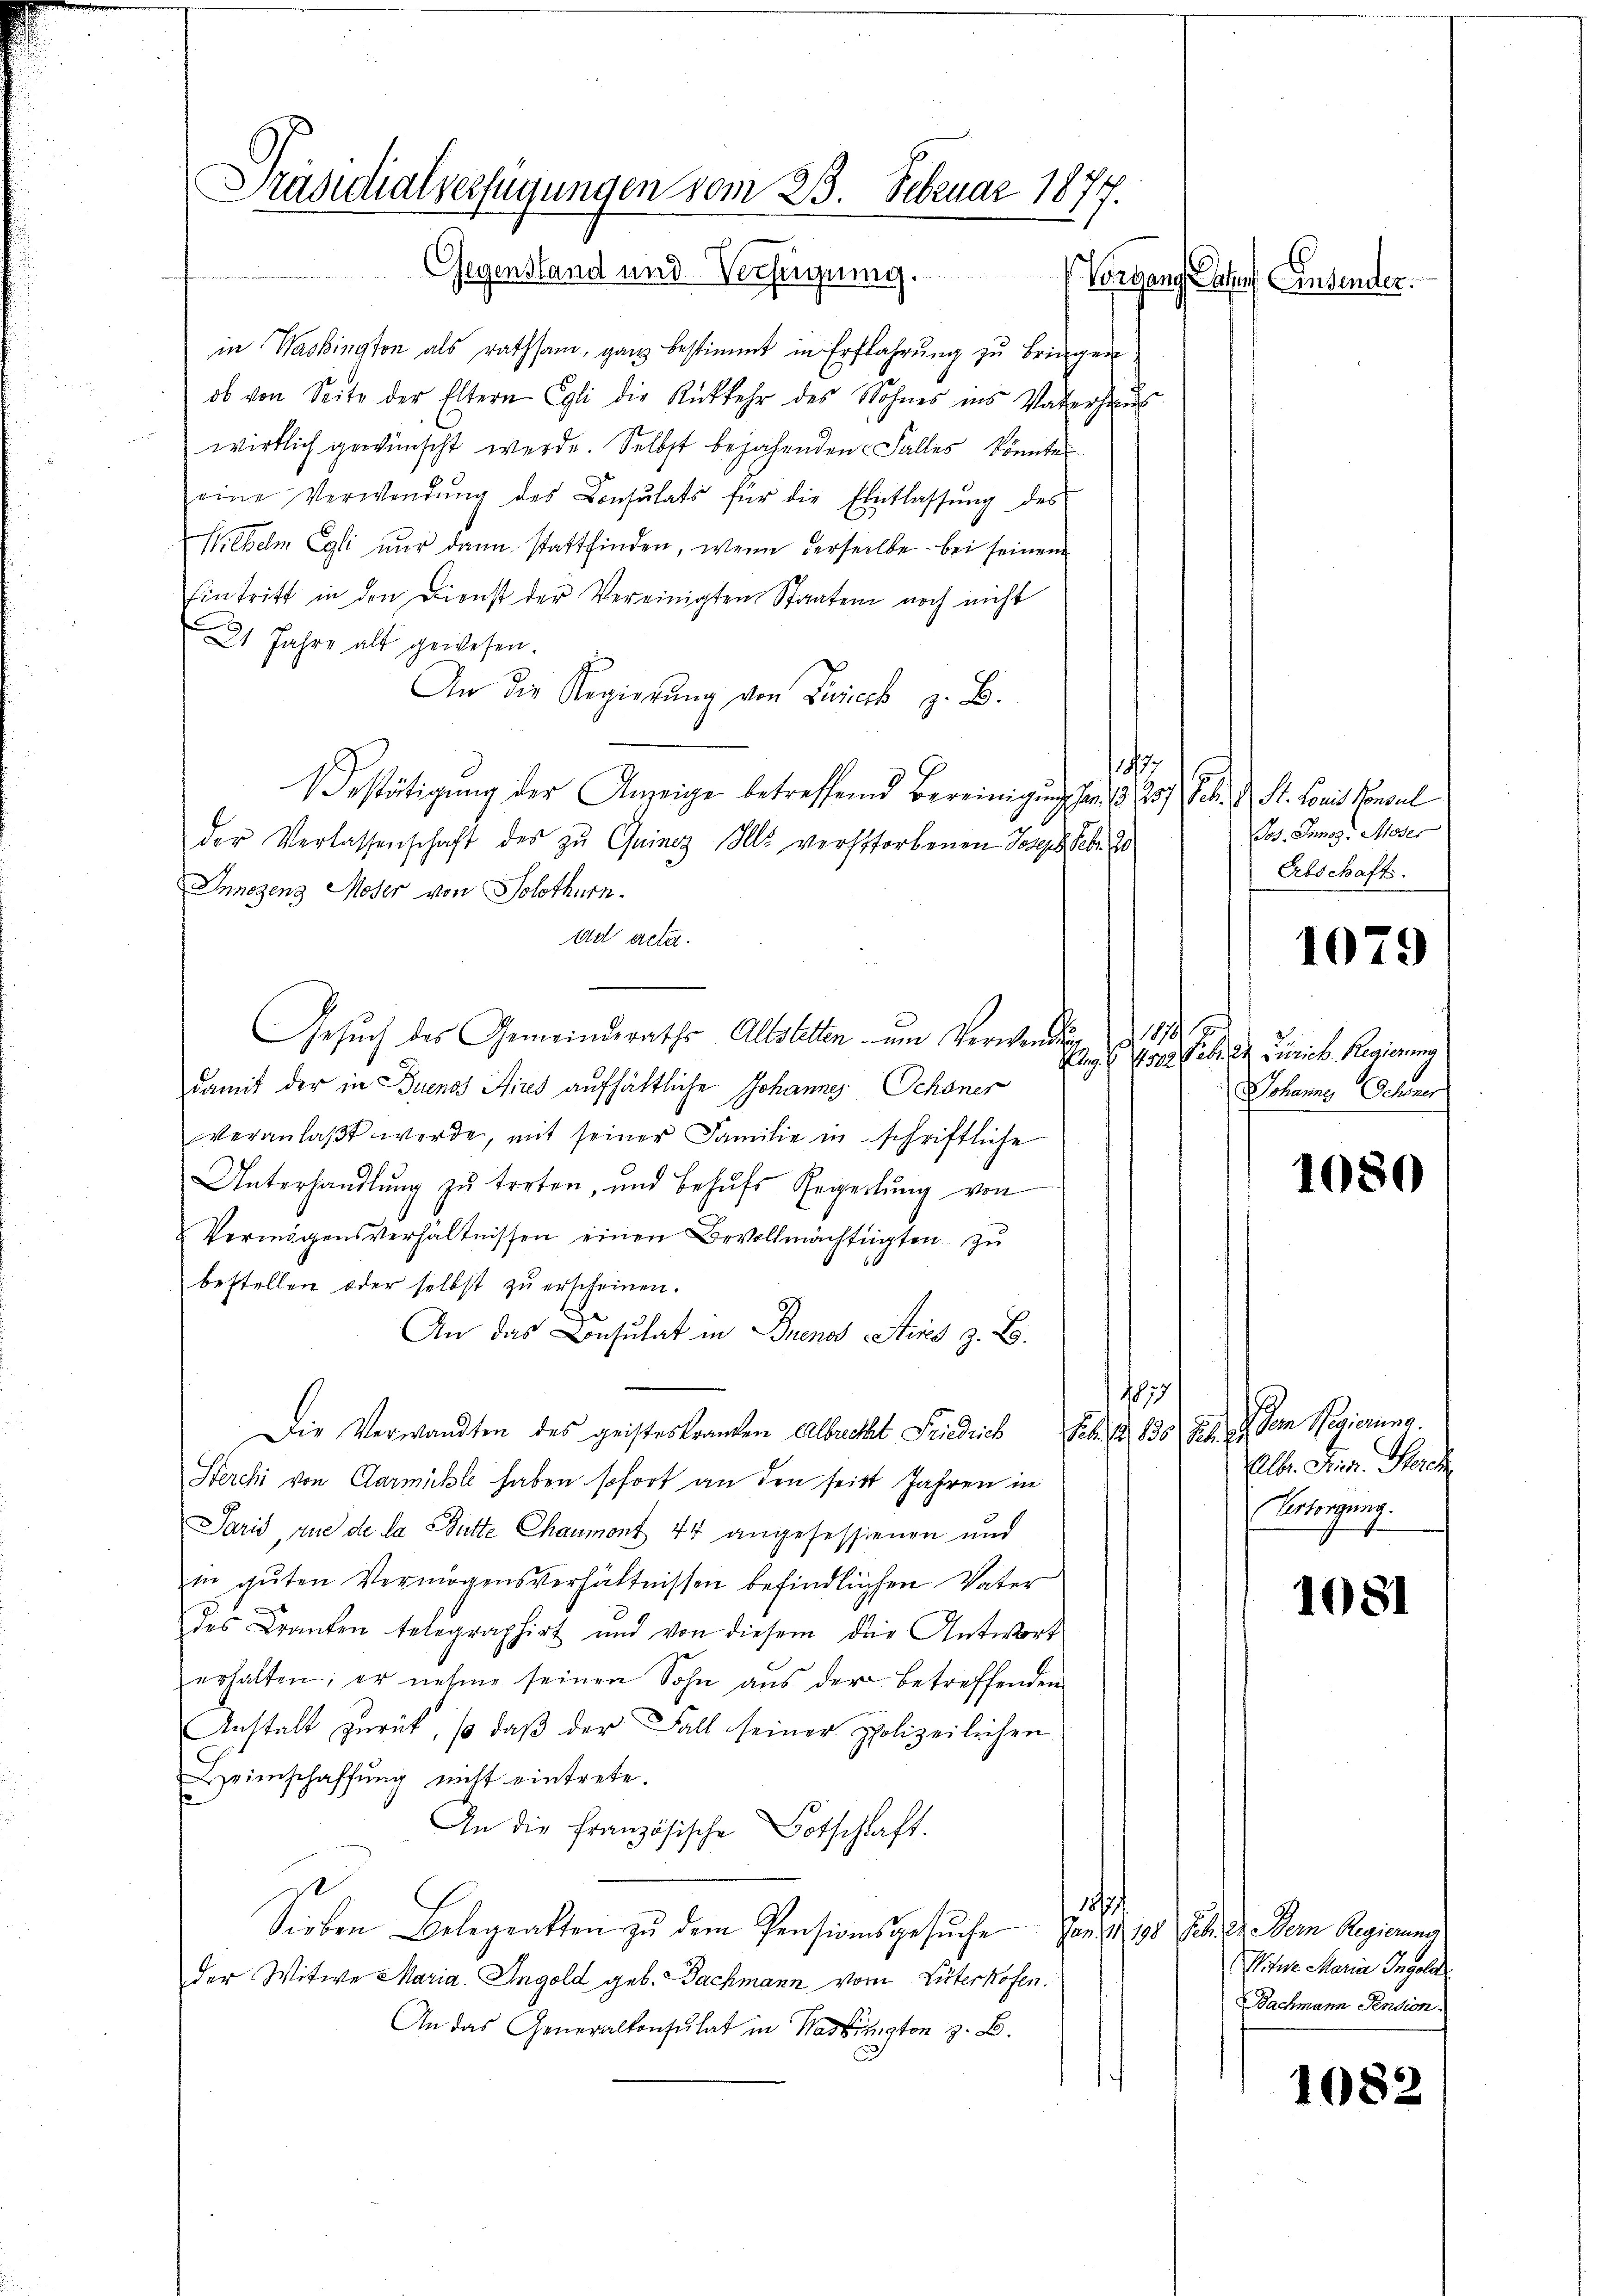
Präsidialverfügungen vom 23. Februar 1877.
Gegenstand und Verfügung.
Vorgang Rathes Einsender.

in Washington als rathsam, ganz bestimmt in Erfahrung zu bringen
ob von Seite der Eltern Egli die Rückkehr des Sohnes ins Vaterhaus
wirklich gewünscht werde. Selbst bejahenden Falles könnten
eine Verwendŭng des Consulats für die Entlassŭng des
Wilhelm Egli nur dann stattfinden, wenn derselbe bei seinem
Eintritt in den Dienst der Vereinigten Staaten noch nicht
21 Jahre alt gewesen.
An die Regierŭng von Zürich z. B.
14
1 Bestätigung der Anzeige betreffend Bereinigung son § 257 Febr. v. St. Loris Consul
der Verlassenschaft des zu Quincz Alls verstorbenen Joseph Seb. So
Innerenz Moser von Solothurn.
Ad acta.
Gesuch des Gemeinderaths Altstettin um Verwenden 1815
damit der in Buenos Aires aufhältliche Johannes Schöner
veranlaβt werde, mit seiner Familie in schriftliche
Unterhandlŭng zŭ treten, und behŭfs Regelŭng von
Vermögensverhältnissen einen Bevollmächtigten zŭ
bestellen oder selbst zu erscheinen.
An das Besutat in Buenos Aires z. B.
1187
Die Verwandten des geisteskranken Albucht Friedrich Feb. S. 835 St. G. dem Regierung.
Herchi von Garnichte haben sofort an den seit Jahren in
Paris, rue de la Butte Chaumont 44 angefessienen und
in gŭten Vermögensverhältnissen befindlichen Vater
des Kranken telegraphirt und von diesem die Antwort
erhalten, er nehme seinen Sohn aus der betreffenden
Anstalt zurück, so daβ der Fall seiner polizeilichen
Heimschaffŭng nicht eintrete.
An die französische Botschaft.
185/
Sieben Belegratten zu dem Pensionsgesŭche von 1, 10 E. E. Der Regierung
der Witwe Maria. Ingold geb. Bachmann vom Lüterkofen.
An das Generalkonsulat in Washington z. B.

Jos. Innez, Moser
Erbschaft.

1079

Aug. 1532. Febr. In Zürich. Regierung
Johanne Schner

1080

Alb. Finn. Berech
Urteigung.

1081

Witwe Maria Ingold
Bachmann Sention.

1082